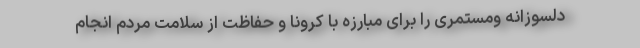
دلسوزانه ومستمری را برای مبارزه با کرونا و حفاظت از سلامت مردم انجام